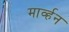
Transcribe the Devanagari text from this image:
मार्व्हन